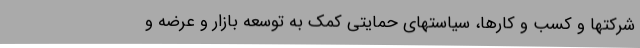
شرکتها و کسب و کارها، سیاستهای حمایتی کمک به توسعه بازار و عرضه و